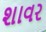
શાવર